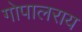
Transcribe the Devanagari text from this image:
गोपालराय